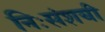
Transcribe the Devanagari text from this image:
निःसंशयी